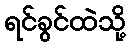
ရင်ခွင်ထဲသို့